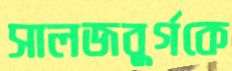
সালজবুর্গকে